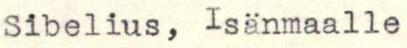
Sibelius, Isänmaalle